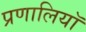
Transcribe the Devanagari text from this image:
प्रणालियॉ